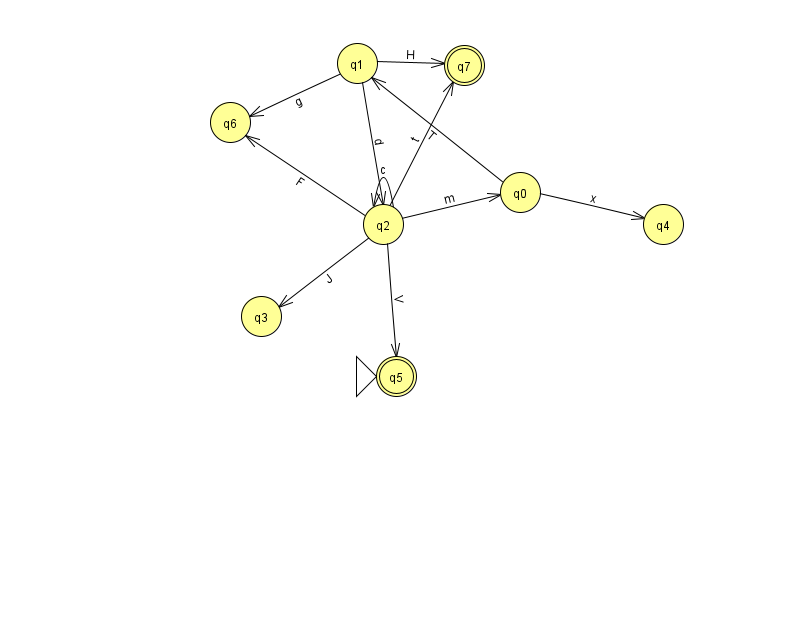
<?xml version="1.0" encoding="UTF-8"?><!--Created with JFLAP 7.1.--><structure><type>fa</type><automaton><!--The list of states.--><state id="0" name="q0"><x>520.0</x><y>179.0</y></state><state id="1" name="q1"><x>357.0</x><y>50.0</y></state><state id="2" name="q2"><x>383.0</x><y>211.0</y></state><state id="3" name="q3"><x>261.0</x><y>303.0</y></state><state id="4" name="q4"><x>663.0</x><y>211.0</y></state><state id="5" name="q5"><x>396.0</x><y>363.0</y><initial/><final/></state><state id="6" name="q6"><x>230.0</x><y>109.0</y></state><state id="7" name="q7"><x>464.0</x><y>52.0</y><final/></state><!--The list of transitions.--><transition><from>1</from><to>7</to><read>H</read></transition><transition><from>1</from><to>6</to><read>g</read></transition><transition><from>1</from><to>2</to><read>d</read></transition><transition><from>2</from><to>2</to><read>c</read></transition><transition><from>2</from><to>6</to><read>F</read></transition><transition><from>2</from><to>0</to><read>m</read></transition><transition><from>0</from><to>1</to><read>T</read></transition><transition><from>2</from><to>7</to><read>t</read></transition><transition><from>0</from><to>4</to><read>x</read></transition><transition><from>2</from><to>5</to><read>V</read></transition><transition><from>2</from><to>3</to><read>J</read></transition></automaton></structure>